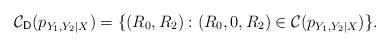
LaTeX: \begin{align*}\mathcal{C}_{\textsf{D}}(p_{Y_1,Y_2|X})=\{(R_0,R_2): (R_0,0,R_2)\in\mathcal{C}(p_{Y_1,Y_2|X})\}.\end{align*}